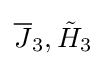
{\overline {J}}_{3},{\tilde {H}}_{3}